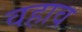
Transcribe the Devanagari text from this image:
वहाव